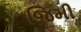
જિમી